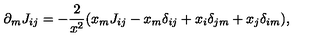
\partial _ { m } J _ { i j } = - \frac { 2 } { x ^ { 2 } } ( x _ { m } J _ { i j } - x _ { m } \delta _ { i j } + x _ { i } \delta _ { j m } + x _ { j } \delta _ { i m } ) ,